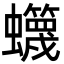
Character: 䘊